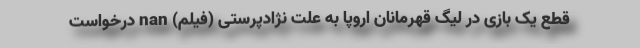
قطع یک بازی در لیگ قهرمانان اروپا به علت نژادپرستی (فیلم) nan درخواست